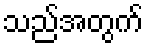
သည်အတွက်